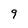
Character: 9